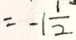
= - 1 \frac { 1 } { 2 }